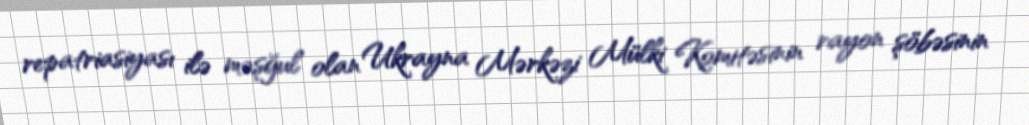
repatriasiyası ilə məşğul olan Ukrayna Mərkəzi Mülki Komitəsinin rayon şöbəsinin